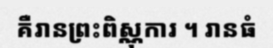
គឺរានព្រះពិស្ណុការ ។ រានធំ